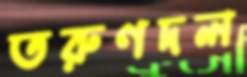
তরুণদল